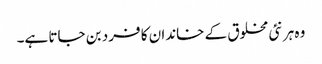
وہ ہر نئی مخلوق کے خاندان کا فرد بن جاتا ہے۔